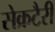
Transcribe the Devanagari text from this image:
सेक्रटैरी